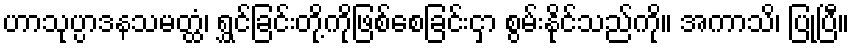
ဟာသုပ္ပာဒနသမတ္ထံ၊ ရွှင်ခြင်းတို့ကိုဖြစ်စေခြင်းငှာ စွမ်းနိုင်သည်ကို။ အကာသိ၊ ပြုပြီ။